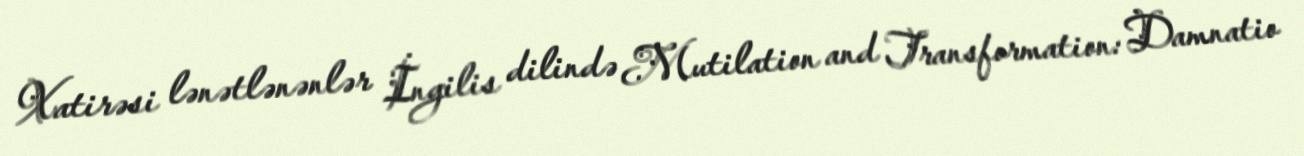
Xatirəsi lənətlənənlər İngilis dilində Mutilation and Transformation: Damnatio